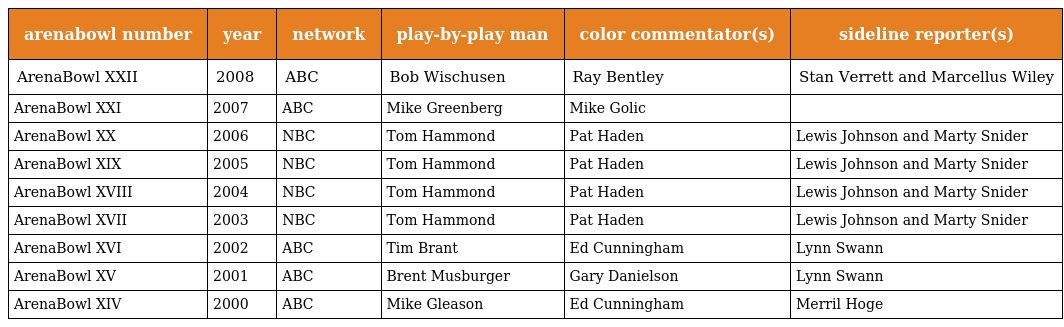
| arenabowl number | year | network | play-by-play man | color commentator(s) | sideline reporter(s) |
 | --- | --- | --- | --- | --- | --- |
 | ArenaBowl XXII | 2008 | ABC | Bob Wischusen | Ray Bentley | Stan Verrett and Marcellus Wiley |
 | ArenaBowl XXI | 2007 | ABC | Mike Greenberg | Mike Golic |  |
 | ArenaBowl XX | 2006 | NBC | Tom Hammond | Pat Haden | Lewis Johnson and Marty Snider |
 | ArenaBowl XIX | 2005 | NBC | Tom Hammond | Pat Haden | Lewis Johnson and Marty Snider |
 | ArenaBowl XVIII | 2004 | NBC | Tom Hammond | Pat Haden | Lewis Johnson and Marty Snider |
 | ArenaBowl XVII | 2003 | NBC | Tom Hammond | Pat Haden | Lewis Johnson and Marty Snider |
 | ArenaBowl XVI | 2002 | ABC | Tim Brant | Ed Cunningham | Lynn Swann |
 | ArenaBowl XV | 2001 | ABC | Brent Musburger | Gary Danielson | Lynn Swann |
 | ArenaBowl XIV | 2000 | ABC | Mike Gleason | Ed Cunningham | Merril Hoge |